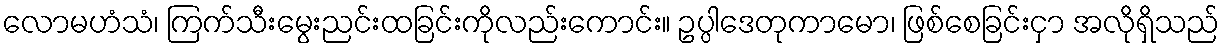
လောမဟံသံ၊ ကြက်သီးမွေးညင်းထခြင်းကိုလည်းကောင်း။ ဥပ္ပါဒေတုကာမော၊ ဖြစ်စေခြင်းငှာ အလိုရှိသည်